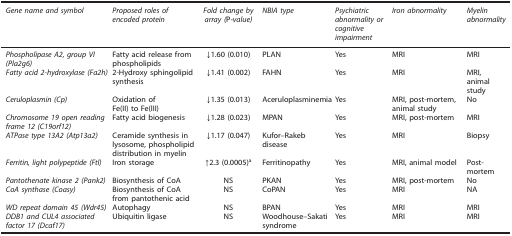
<table><thead><tr><td><b><i>Gene name and symbol</i></b></td><td><b><i>Proposed roles of encoded protein</i></b></td><td><b><i>Fold change by array (</i>P-<i>value)</i></b></td><td><b><i>NBIA type</i></b></td><td><b><i>Psychiatric abnormality or cognitive impairment</i></b></td><td><b><i>Iron abnormality</i></b></td><td><b><i>Myelin abnormality</i></b></td></tr></thead><tbody><tr><td><i>Phospholipase A2, group VI (Pla2g6)</i></td><td>Fatty acid release from phospholipids</td><td>↓1.60 (0.010)</td><td>PLAN</td><td>Yes</td><td>MRI</td><td>MRI</td></tr><tr><td><i>Fatty acid 2-hydroxylase (Fa2h)</i></td><td>2-Hydroxy sphingolipid synthesis</td><td>↓1.41 (0.002)</td><td>FAHN</td><td>Yes</td><td>MRI</td><td>MRI, animal study</td></tr><tr><td><i>Ceruloplasmin (Cp)</i></td><td>Oxidation of Fe(II) to Fe(III)</td><td>↓1.35 (0.013)</td><td>Aceruloplasminemia</td><td>Yes</td><td>MRI, post-mortem, animal study</td><td>No</td></tr><tr><td><i>Chromosome 19 open reading frame 12 (C19orf12)</i></td><td>Fatty acid biogenesis</td><td>↓1.28 (0.023)</td><td>MPAN</td><td>Yes</td><td>MRI, post-mortem</td><td>MRI</td></tr><tr><td><i>ATPase type 13A2 (Atp13a2)</i></td><td>Ceramide synthesis in lysosome, phospholipid distribution in myelin</td><td>↓1.17 (0.047)</td><td>Kufor–Rakeb disease</td><td>Yes</td><td>MRI</td><td>Biopsy</td></tr><tr><td><i>Ferritin, light polypeptide (Ftl)</i></td><td>Iron storage</td><td>↑2.3 (0.0005)a</td><td>Ferritinopathy</td><td>Yes</td><td>MRI, animal model</td><td>Post-mortem</td></tr><tr><td><i>Pantothenate kinase 2 (Pank2)</i></td><td>Biosynthesis of CoA</td><td>NS</td><td>PKAN</td><td>Yes</td><td>MRI, post-mortem</td><td>No</td></tr><tr><td><i>CoA synthase (Coasy)</i></td><td>Biosynthesis of CoA from pantothenic acid</td><td>NS</td><td>CoPAN</td><td>Yes</td><td>MRI</td><td>NA</td></tr><tr><td><i>WD repeat domain 45 (Wdr45)</i></td><td>Autophagy</td><td>NS</td><td>BPAN</td><td>Yes</td><td>MRI</td><td>MRI</td></tr><tr><td><i>DDB1 and CUL4 associated factor 17 (Dcaf17)</i></td><td>Ubiquitin ligase</td><td>NS</td><td>Woodhouse–Sakati syndrome</td><td>Yes</td><td>MRI</td><td>MRI</td></tr></tbody></table>